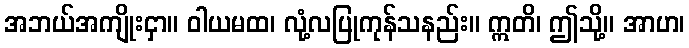
အဘယ်အကျိုးငှာ။ ဝါယမထ၊ လုံ့လပြုကုန်သနည်း။ ဣတိ၊ ဤသို့။ အာဟ၊